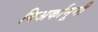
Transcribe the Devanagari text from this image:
गिअर्कानूनी